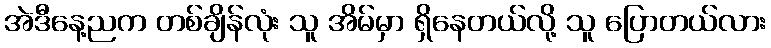
အဲဒီနေ့ညက တစ်ချိန်လုံး သူ အိမ်မှာ ရှိနေတယ်လို့ သူ ပြောတယ်လား